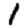
Digit: 1